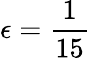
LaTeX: \epsilon=\frac{1}{15}